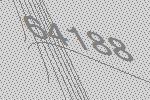
64188